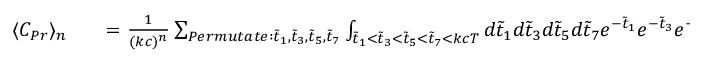
\begin{array} { r l r } { \langle C _ { P r } \rangle _ { n } } & { { } } & { = \frac { 1 } { ( k c ) ^ { n } } \sum _ { P e r m u t a t e : \tilde { t } _ { 1 } , \tilde { t } _ { 3 } , \tilde { t } _ { 5 } , \tilde { t } _ { 7 } } \int _ { \tilde { t } _ { 1 } < \tilde { t } _ { 3 } < \tilde { t } _ { 5 } < \tilde { t } _ { 7 } < k c T } d \tilde { t } _ { 1 } d \tilde { t } _ { 3 } d \tilde { t } _ { 5 } d \tilde { t } _ { 7 } e ^ { - \tilde { t } _ { 1 } } e ^ { - \tilde { t } _ { 3 } } e ^ { - \tilde { t } _ { 5 } } e ^ { - \tilde { t } _ { 7 } } C ( k c T - \tilde { t } _ { 7 } ) ^ { n } } \end{array}